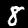
Label: 8